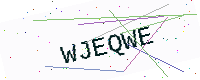
Text: WJEQWE